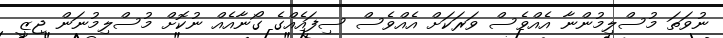
ނުވަތަ މުސްލިމުންނާ އެއްވެސް ވަރަކަށް އެއްވެސް ސިފައެއްގެ ގޯނާއެއް ނުކޮށް މުސްލިމުނަން ޖިޒީ